Report of an investigation of the epidemic of malarial fever in Assam, or, kala-azar
Disease focus: Malaria
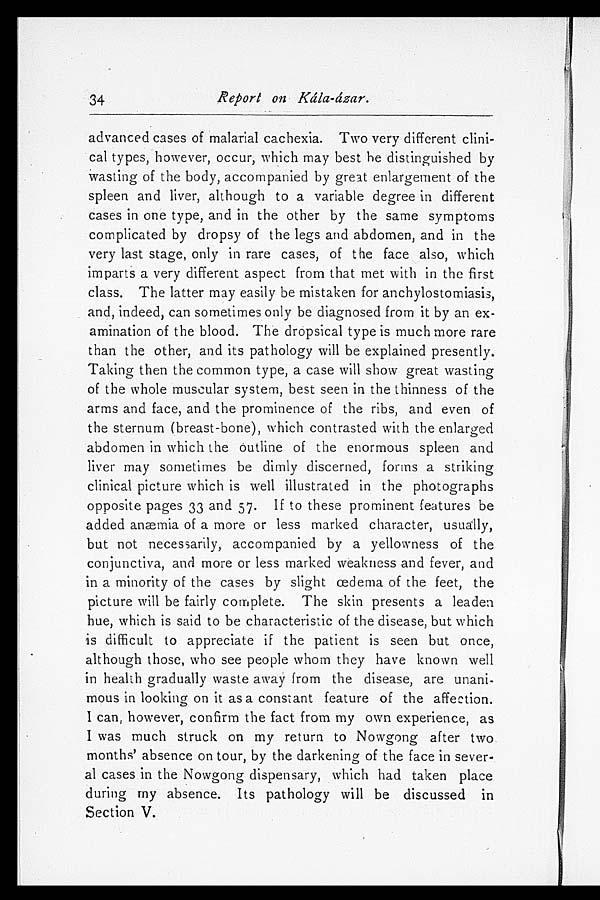
34
Report on Kála-ázar.
advanced cases of malarial cachexia. Two very different clini
-cal types, however, occur, which may best be distinguished by
wasting of the body, accompanied by great enlargement of the
spleen and liver, although to a variable degree in different
cases in one type, and in the other by the same symptoms
complicated by dropsy of the legs and abdomen, and in the
very last stage, only in rare cases, of the face also, which
imparts a very different aspect from that met with in the first
class. The latter may easily be mistaken for anchylostomiasis,
and, indeed, can sometimes only be diagnosed from it by an ex
-amination of the blood. The dropsical type is much more rare
than the other, and its pathology will be explained presently.
Taking then the common type, a case will show great wasting
of the whole muscular system, best seen in the thinness of the
arms and face, and the prominence of the ribs, and even of
the sternum (breast-bone), which contrasted with the enlarged
abdomen in which the outline of the enormous spleen and
liver may sometimes be dimly discerned, forms a striking
clinical picture which is well illustrated in the photographs
opposite pages 33 and 57. If to these prominent features be
added anæmia of a more or less marked character, usually,
but not necessarily, accompanied by a yellowness of the
conjunctiva, and more or less marked weakness and fever, and
in a minority of the cases by slight œdema of the feet, the
picture will be fairly complete. The skin presents a leaden
hue, which is said to be characteristic of the disease, but which
is difficult to appreciate if the patient is seen but once,
although those, who see people whom they have known well
in health gradually waste away from the disease, are unani
- m o u s i n l o o k i n g o n i t a s a c o n s t a n t f e a t u r e o f t h e a f f e c t i o n .
I can, however, confirm the fact from my own experience, as
I was much struck on my return to Nowgong after two
months' absence on tour, by the darkening of the face in sever
- a l c a s e s i n t h e N o w g o n g d i s p e n s a r y , w h i c h h a d t a k e n p l a c e
during my absence. Its pathology will be discussed in
Section V.